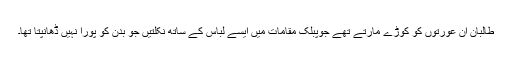
طالبان ان عورتوں کو کوڑے مارتے تھے جوپبلک مقامات میں ایسے لباس کے ساتھ نکلتیں جو بدن کو پورا نہیں ڈھانپتا تھا۔